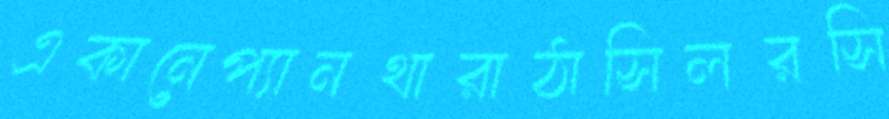
একানেপ্যানথারাঠাসিলরসি